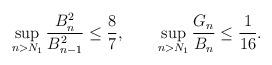
LaTeX: \begin{align*} \sup_{n>N_1}\frac{B_n^2}{B_{n-1}^2}\le\frac{8}{7},\qquad\sup_{n>N_1}\frac{G_n}{B_n}\le\frac{1}{16}.\end{align*}